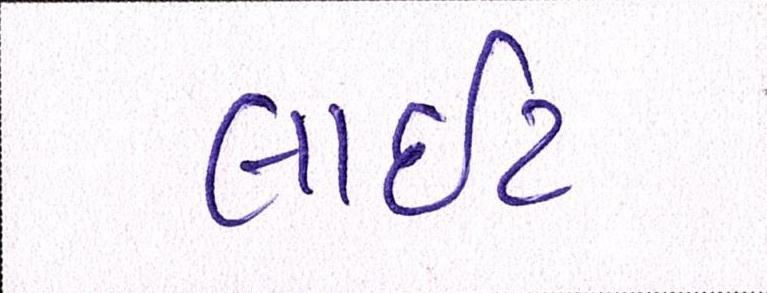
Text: લાઇટ